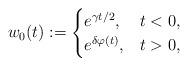
LaTeX: \begin{align*}w_0(t):=\begin{cases}e^{\gamma t/2},&t<0, \\e^{\delta\varphi(t)},&t>0,\end{cases}\end{align*}